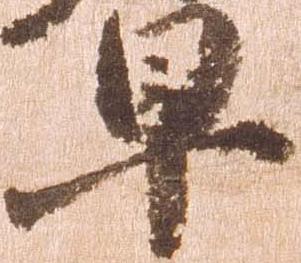
早